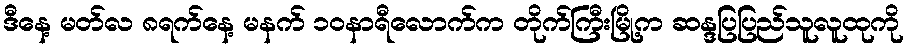
ဒီနေ့ မတ်လ ၈ရက်နေ့ မနက် ၁၀နာရီလောက်က တိုက်ကြီးမြို့က ဆန္ဒပြပြည်သူလူထုကို